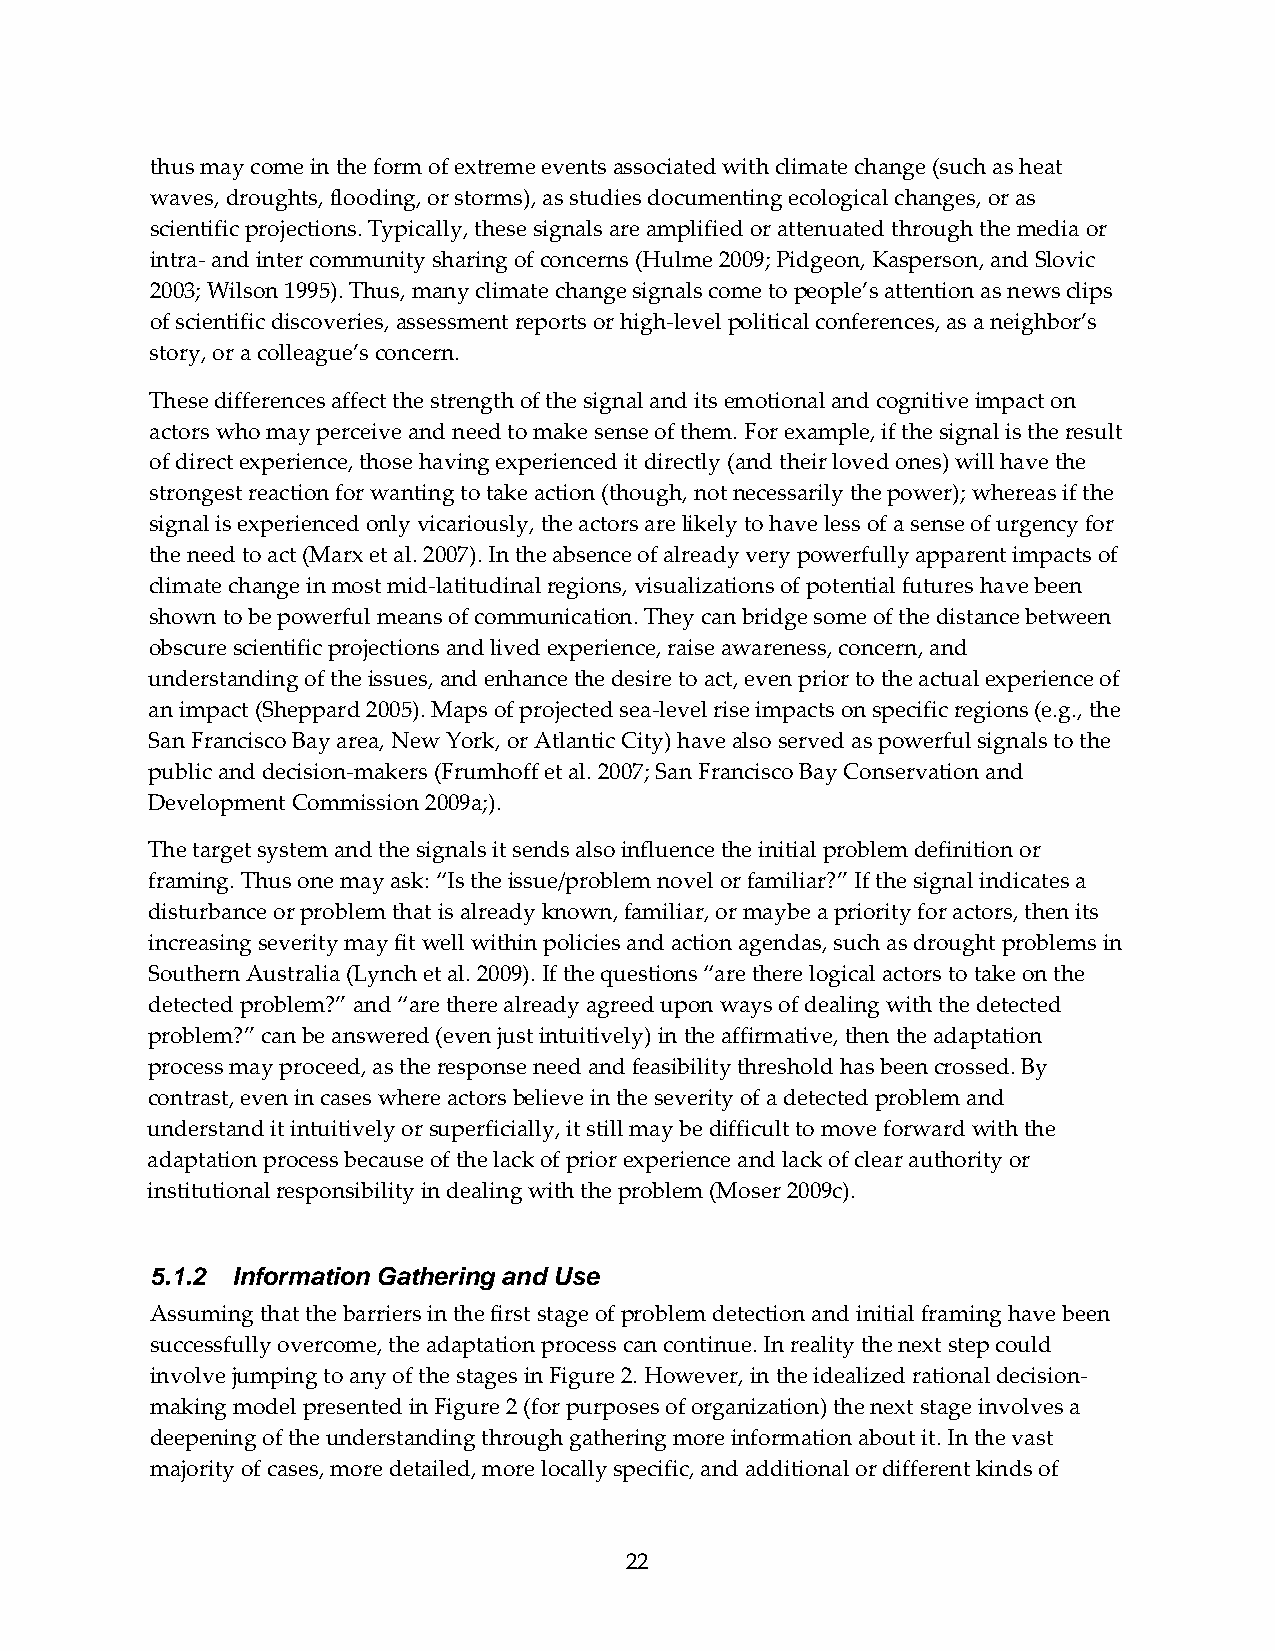
thus may come in the form of extreme events associated with climate change (such as heat
 waves, droughts, flooding, or storms), as studies documenting ecological changes, or as
 scientific projections. Typically, these signals are amplified or attenuated through the media or
 intra‐ and inter community sharing of concerns (Hulme 2009; Pidgeon, Kasperson, and Slovic
 2003; Wilson 1995). Thus, many climate change signals come to people’s attention as news clips
 of scientific discoveries, assessment reports or high‐level political conferences, as a neighbor’s
 story, or a colleague’s concern.
 These differences affect the strength of the signal and its emotional and cognitive impact on
 actors who may perceive and need to make sense of them. For example, if the signal is the result
 of direct experience, those having experienced it directly (and their loved ones) will have the
 strongest reaction for wanting to take action (though, not necessarily the power); whereas if the
 signal is experienced only vicariously, the actors are likely to have less of a sense of urgency for
 the need to act (Marx et al. 2007). In the absence of already very powerfully apparent impacts of
 climate change in most mid‐latitudinal regions, visualizations of potential futures have been
 shown to be powerful means of communication. They can bridge some of the distance between
 obscure scientific projections and lived experience, raise awareness, concern, and
 understanding of the issues, and enhance the desire to act, even prior to the actual experience of
 an impact (Sheppard 2005). Maps of projected sea‐level rise impacts on specific regions (e.g., the
 San Francisco Bay area, New York, or Atlantic City) have also served as powerful signals to the
 public and decision‐makers (Frumhoff et al. 2007; San Francisco Bay Conservation and
 Development Commission 2009a;).
 The target system and the signals it sends also influence the initial problem definition or
 framing. Thus one may ask: “Is the issue/problem novel or familiar?” If the signal indicates a
 disturbance or problem that is already known, familiar, or maybe a priority for actors, then its
 increasing severity may fit well within policies and action agendas, such as drought problems in
 Southern Australia (Lynch et al. 2009). If the questions “are there logical actors to take on the
 detected problem?” and “are there already agreed upon ways of dealing with the detected
 problem?” can be answered (even just intuitively) in the affirmative, then the adaptation
 process may proceed, as the response need and feasibility threshold has been crossed. By
 contrast, even in cases where actors believe in the severity of a detected problem and
 understand it intuitively or superficially, it still may be difficult to move forward with the
 adaptation process because of the lack of prior experience and lack of clear authority or
 institutional responsibility in dealing with the problem (Moser 2009c).
 5.1.2 Information Gathering and Use
 Assuming that the barriers in the first stage of problem detection and initial framing have been
 successfully overcome, the adaptation process can continue. In reality the next step could
 involve jumping to any of the stages in Figure 2. However, in the idealized rational decision‐
 making model presented in Figure 2 (for purposes of organization) the next stage involves a
 deepening of the understanding through gathering more information about it. In the vast
 majority of cases, more detailed, more locally specific, and additional or different kinds of
 22